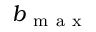
b _ { \mathrm { ~ m ~ a ~ x ~ } }